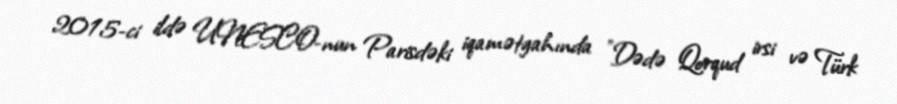
2015-ci ildə UNESCO-nun Parisdəki iqamətgahında "Dədə Qorqud irsi və Türk